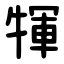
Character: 㹆